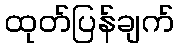
ထုတ်ပြန်ချက်